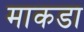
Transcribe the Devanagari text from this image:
माकडा